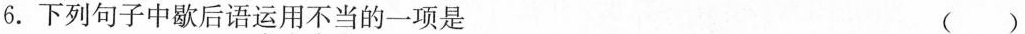
6.下列句子中歇后语运用不当的一项是 ( )